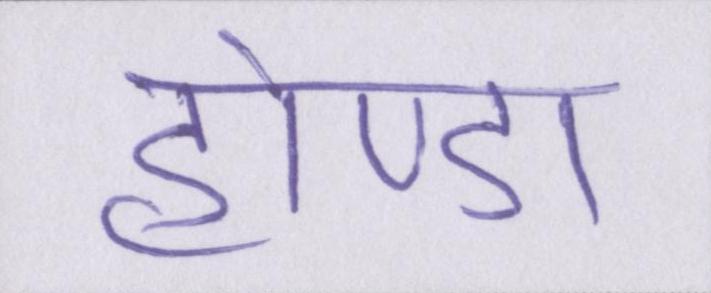
होण्डा